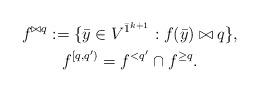
LaTeX: \begin{gather*}f^{\bowtie q} := \{\bar{y} \in V^{\bar{1}^{k+1}} : f(\bar{y}) \bowtie q\},\\f^{[q,q')} = f^{<q'} \cap f^{\geq q}.\end{gather*}